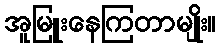
အူမြူးနေကြတာမျိုး။